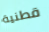
قطنية